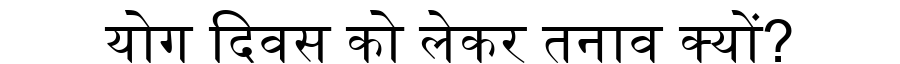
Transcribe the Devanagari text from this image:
योग दिवस को लेकर तनाव क्यों?